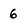
Character: 6